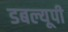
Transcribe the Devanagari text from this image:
डबल्यूपी